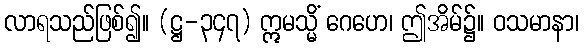
လာရသည်ဖြစ်၍။ (ဋ္ဌ-၃၄၇) ဣမသ္မိံ ဂေဟေ၊ ဤအိမ်၌။ ဝသမာနာ၊